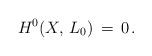
LaTeX: \begin{align*}H^0(X,\, L_0)\,=\, 0\, .\end{align*}